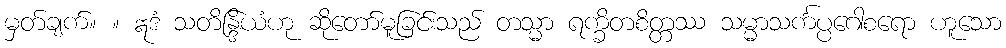
မှတ်ချက်။ ။ ဣဒံ သတိန္ဒြိယံဟု ဆိုတော်မူခြင်းသည် တသ္မာ ရက္ခိတစိတ္တဿ သမ္မာသင်္ကပ္ပဂေါစရော ဟူသော